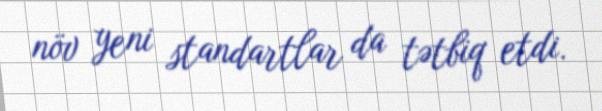
növ yeni standartlar da tətbiq etdi.